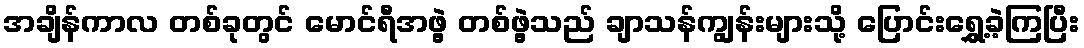
အချိန်ကာလ တစ်ခုတွင် မောင်ရီအဖွဲ့ တစ်ဖွဲ့သည် ချာသန်ကျွန်းများသို့ ပြောင်းရွှေ့ခဲ့ကြပြီး